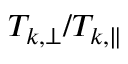
T _ { k , \perp } / T _ { k , \parallel }